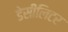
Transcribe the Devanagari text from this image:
डेसीलिटर